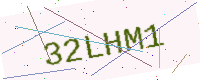
Text: 32LHM1